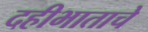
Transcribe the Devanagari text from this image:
दहीभाताचे